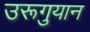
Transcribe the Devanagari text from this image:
उरूगुयान